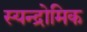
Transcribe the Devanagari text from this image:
स्यन्द्रोमिक